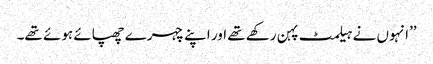
’’انہوں نے ہیلمٹ پہن رکھے تھے اور اپنے چہرے چھپائے ہوئے تھے۔